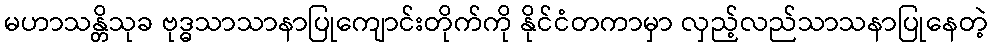
မဟာသန္တိသုခ ဗုဒ္ဓသာသာနာပြုကျောင်းတိုက်ကို နိုင်ငံတကာမှာ လှည့်လည်သာသနာပြုနေတဲ့